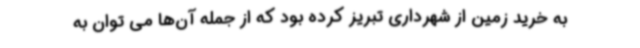
به خرید زمین از شهرداری تبریز کرده بود که از جمله آن‌ها می توان به